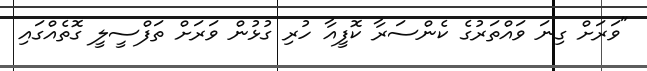
"ވަރަށް ގިނަ ވައްތަރުގެ ކެންސަރާ ކޮފީއާ ހުރި ގުޅުން ވަރަށް ތަފްސީލީ ގޮތެއްގައި